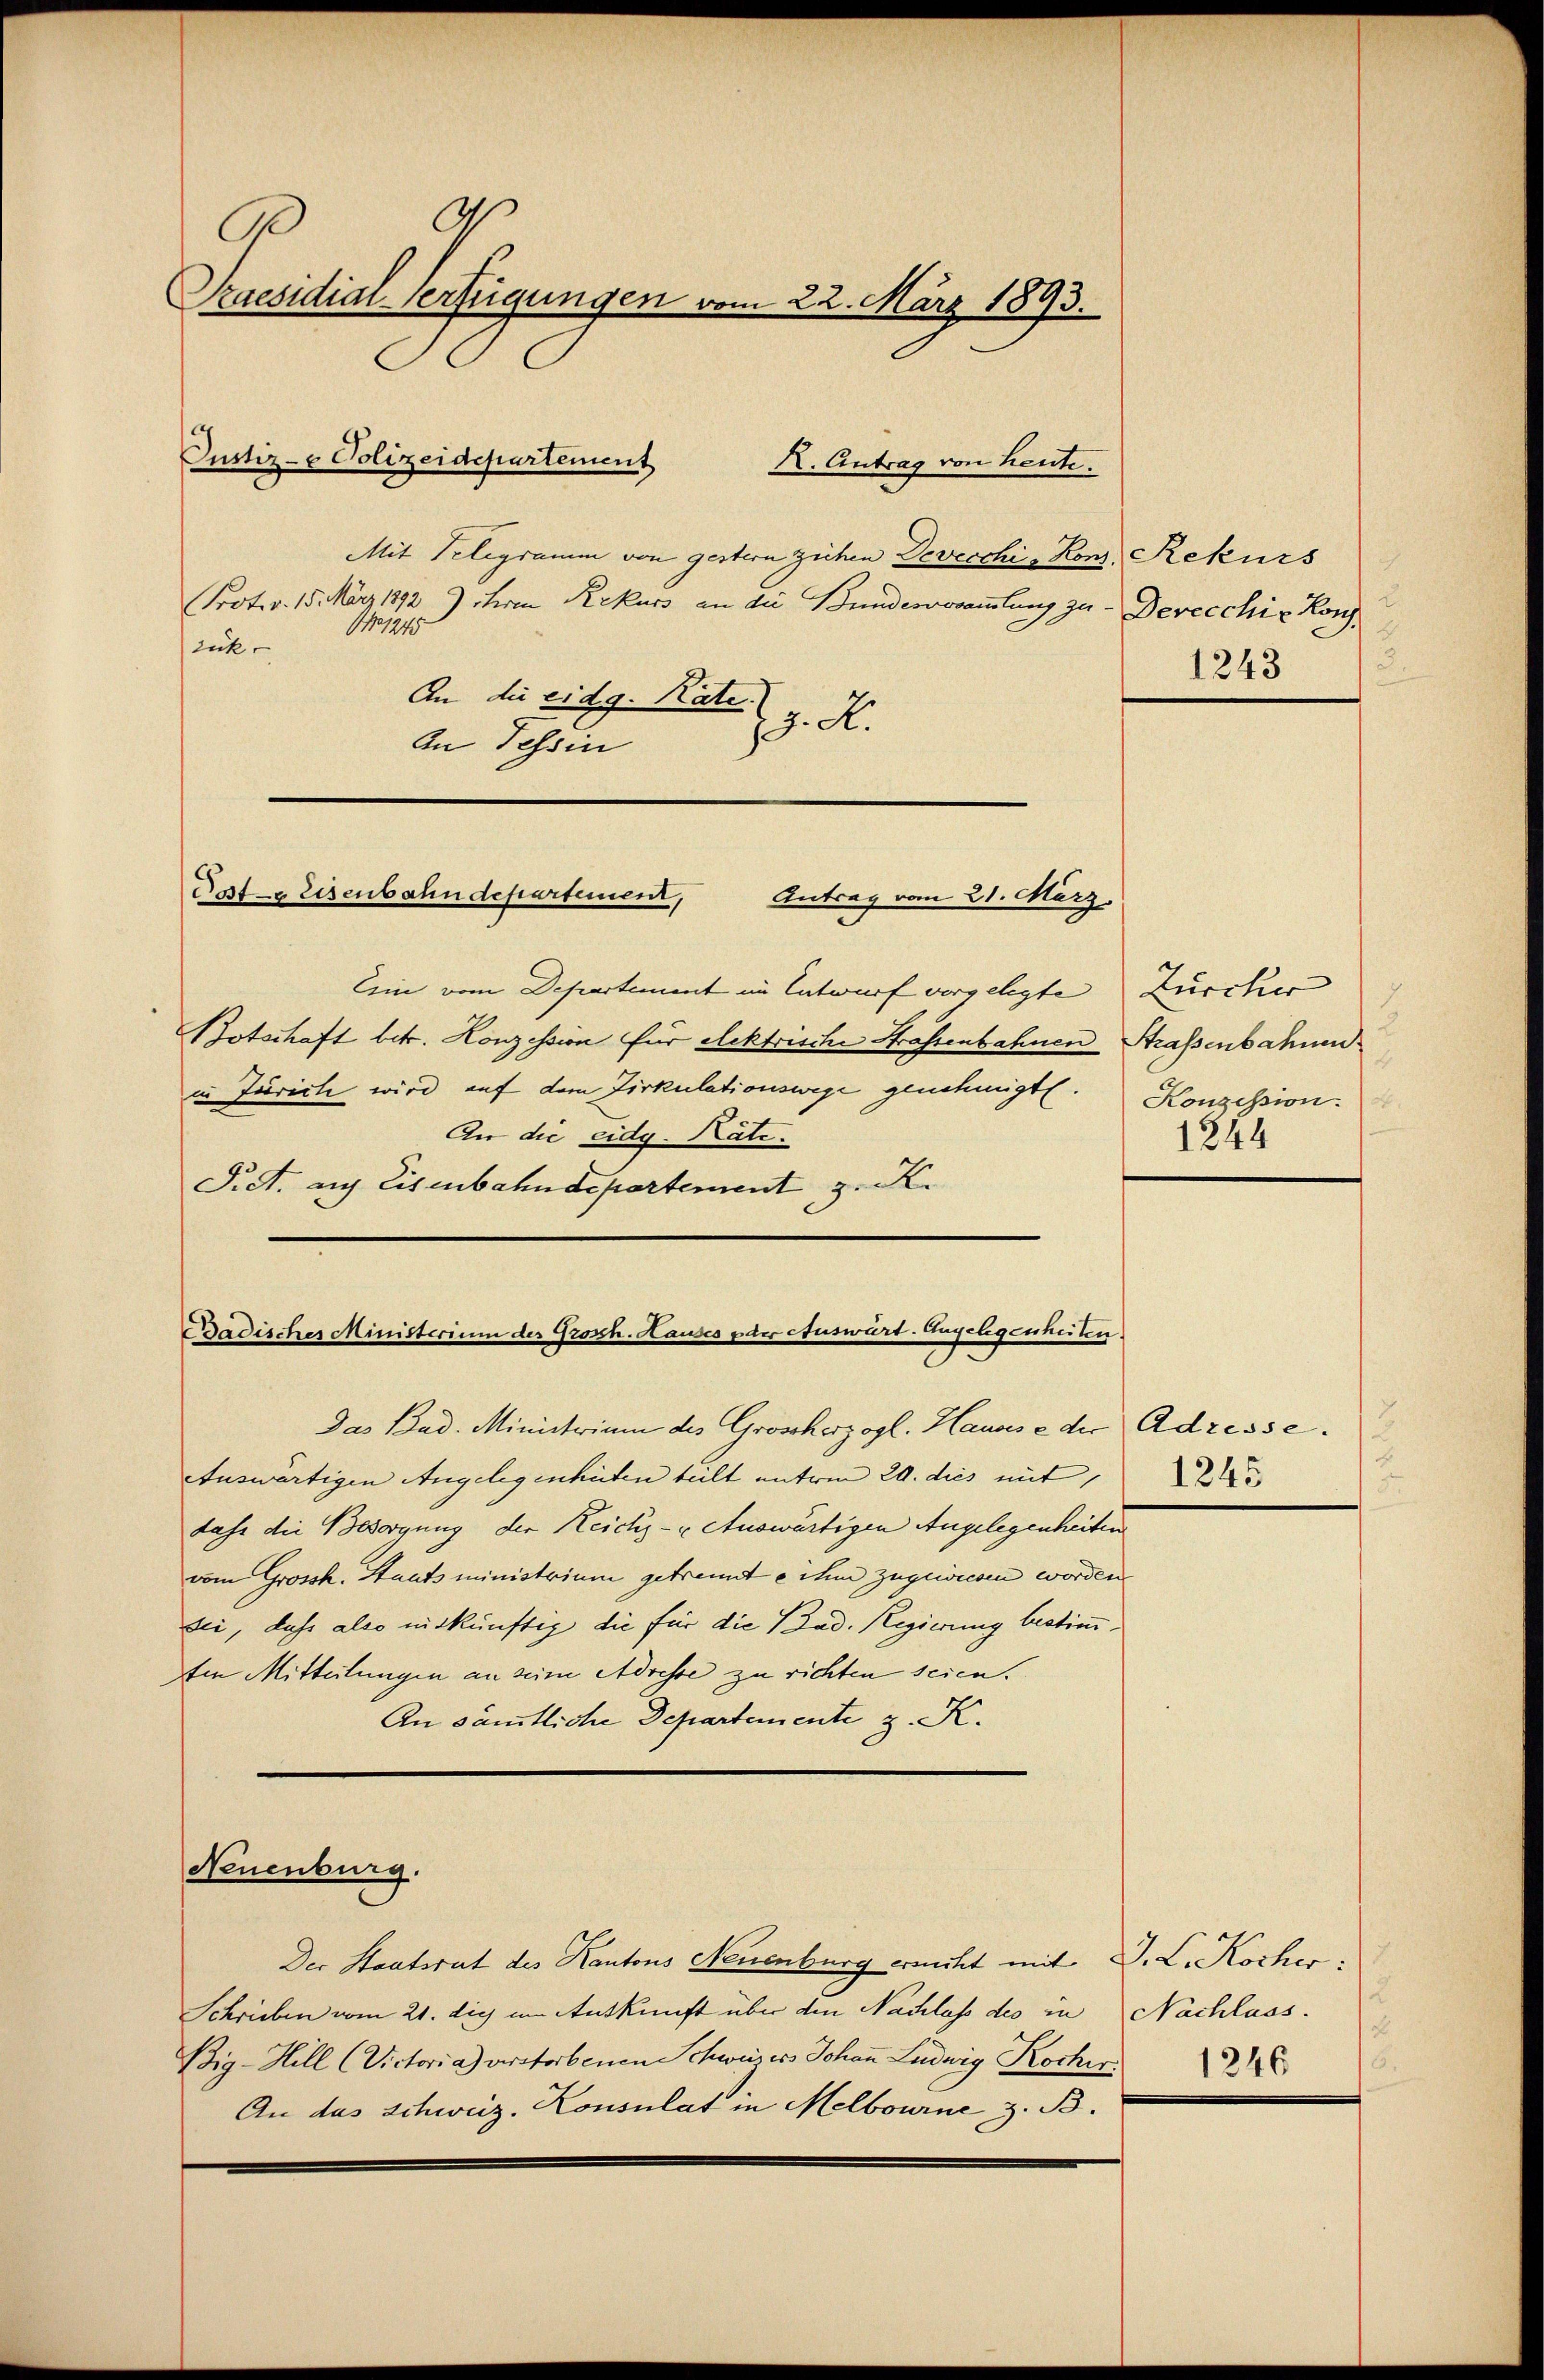
d
Ge
Praesidial-Verfügungen vom 22. März 1893.
Justiz- & Polizeidepartement
K. Antrag von heute.

Mit Telegramm von gestern ziehen Devecchi, Kons, Rekurs
Prot. v. 15. März 1892 9 iteren Rekurs an die Bundesvorsammlung zu Devecchie Konz
NNo1245
zick.
An die eidg. Nate.
z. d.
An Tessin

Pat Eisenbahndepartement, Antrag vom 21. März.

Badisches Ministerium des Grosch. Hauses oder Auswart. Angelegenheiten

Das Bad. Ministerium des Großherzogl. Hause der Adresse.
Auswärtigen Angelegenheiten teilt unterm 20. dies mit,
dass die Besorgung der Reichs- u. Auswärtigen Angelegenheiten
vom Grossh. Staatsministrium getrennte ihm zugewiesen worden.
sei, daß also mitkünftig die für die Mad. Regierung bestim¬
Im Mitteilungen an seine Adresse zu richten seien.
An sämtliche Departemente z. K.
Neuenburg.
Der Staatsrat des Kantons Neuenburg erricht mit D. L. Kocher:
Schrieben vom 21. die im Auskunft über den Nachlass des in Nachlass
Big-Hill (Victoria) verstorbenen Schweizes Johan Ludwig Kocher
An das Schweiz. Konsulat in Melbourne z. B.

Ein vom Departement im Entwurf vorgelegte
Potschaft betr. Honzession für elektrische Strassenbahnen Strassenbahnen.
in Juricte wird auf dem Zirkulationswege genehmigt.
An die eidg. Kate.
Fiet. auf Eisenbahndepartement z. K.

.
1243

Zürcher
Konzession.
1844

1245

c
s
1246